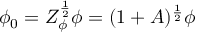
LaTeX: \phi _ { 0 } = Z _ { \phi } ^ { \frac { 1 } { 2 } } \phi = ( 1 + A ) ^ { \frac { 1 } { 2 } } \phi